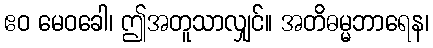
ဧဝ မေဝခေါ၊ ဤအတူသာလျှင်။ အတိဓမ္မဘာရေန၊